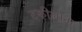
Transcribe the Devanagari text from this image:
टकीलाना